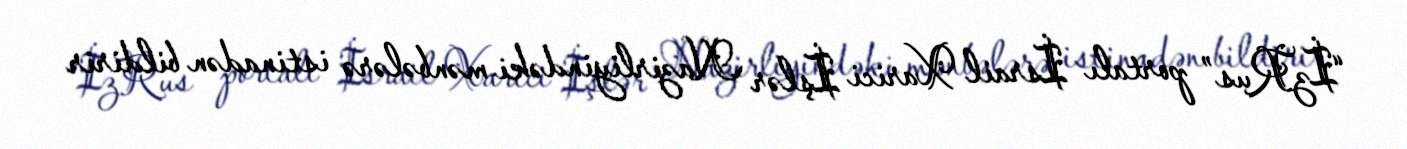
“İzRus” portalı İsrail Xarici İşlər Nazirliyindəki mənbələrə istinadən bildirir